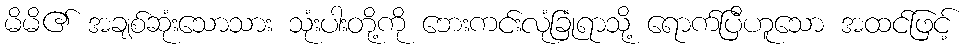
မိမိ၏ အချစ်ဆုံးသောသား သုံးပါးတို့ကို ဘေးကင်းလုံခြုံရာသို့ ရောက်ပြီဟူသော အထင်ဖြင့်